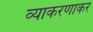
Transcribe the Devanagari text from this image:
व्याकरणाकर